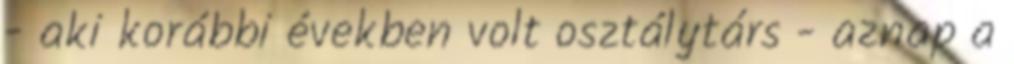
- aki korábbi években volt osztálytárs - aznap a